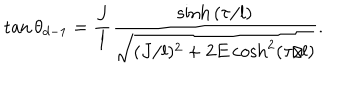
LaTeX: \tan \theta _ { d - 1 } = \frac { J } { l } \frac { \sinh { ( \tau / l ) } } { \sqrt { ( J / l ) ^ { 2 } + 2 E \cosh ^ { 2 } ( \tau / l ) } } .